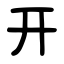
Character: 开